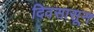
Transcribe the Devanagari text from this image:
दिवसासून